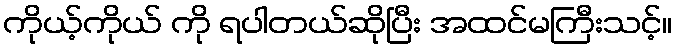
ကိုယ့်ကိုယ် ကို ရပါတယ်ဆိုပြီး အထင်မကြီးသင့်။